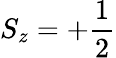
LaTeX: S_{z}=+\frac{1}{2}